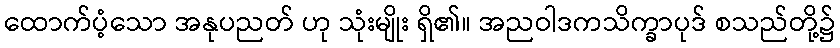
ထောက်ပံ့သော အနုပညတ် ဟု သုံးမျိုး ရှိ၏။ အညဝါဒကသိက္ခာပုဒ် စသည်တို့၌